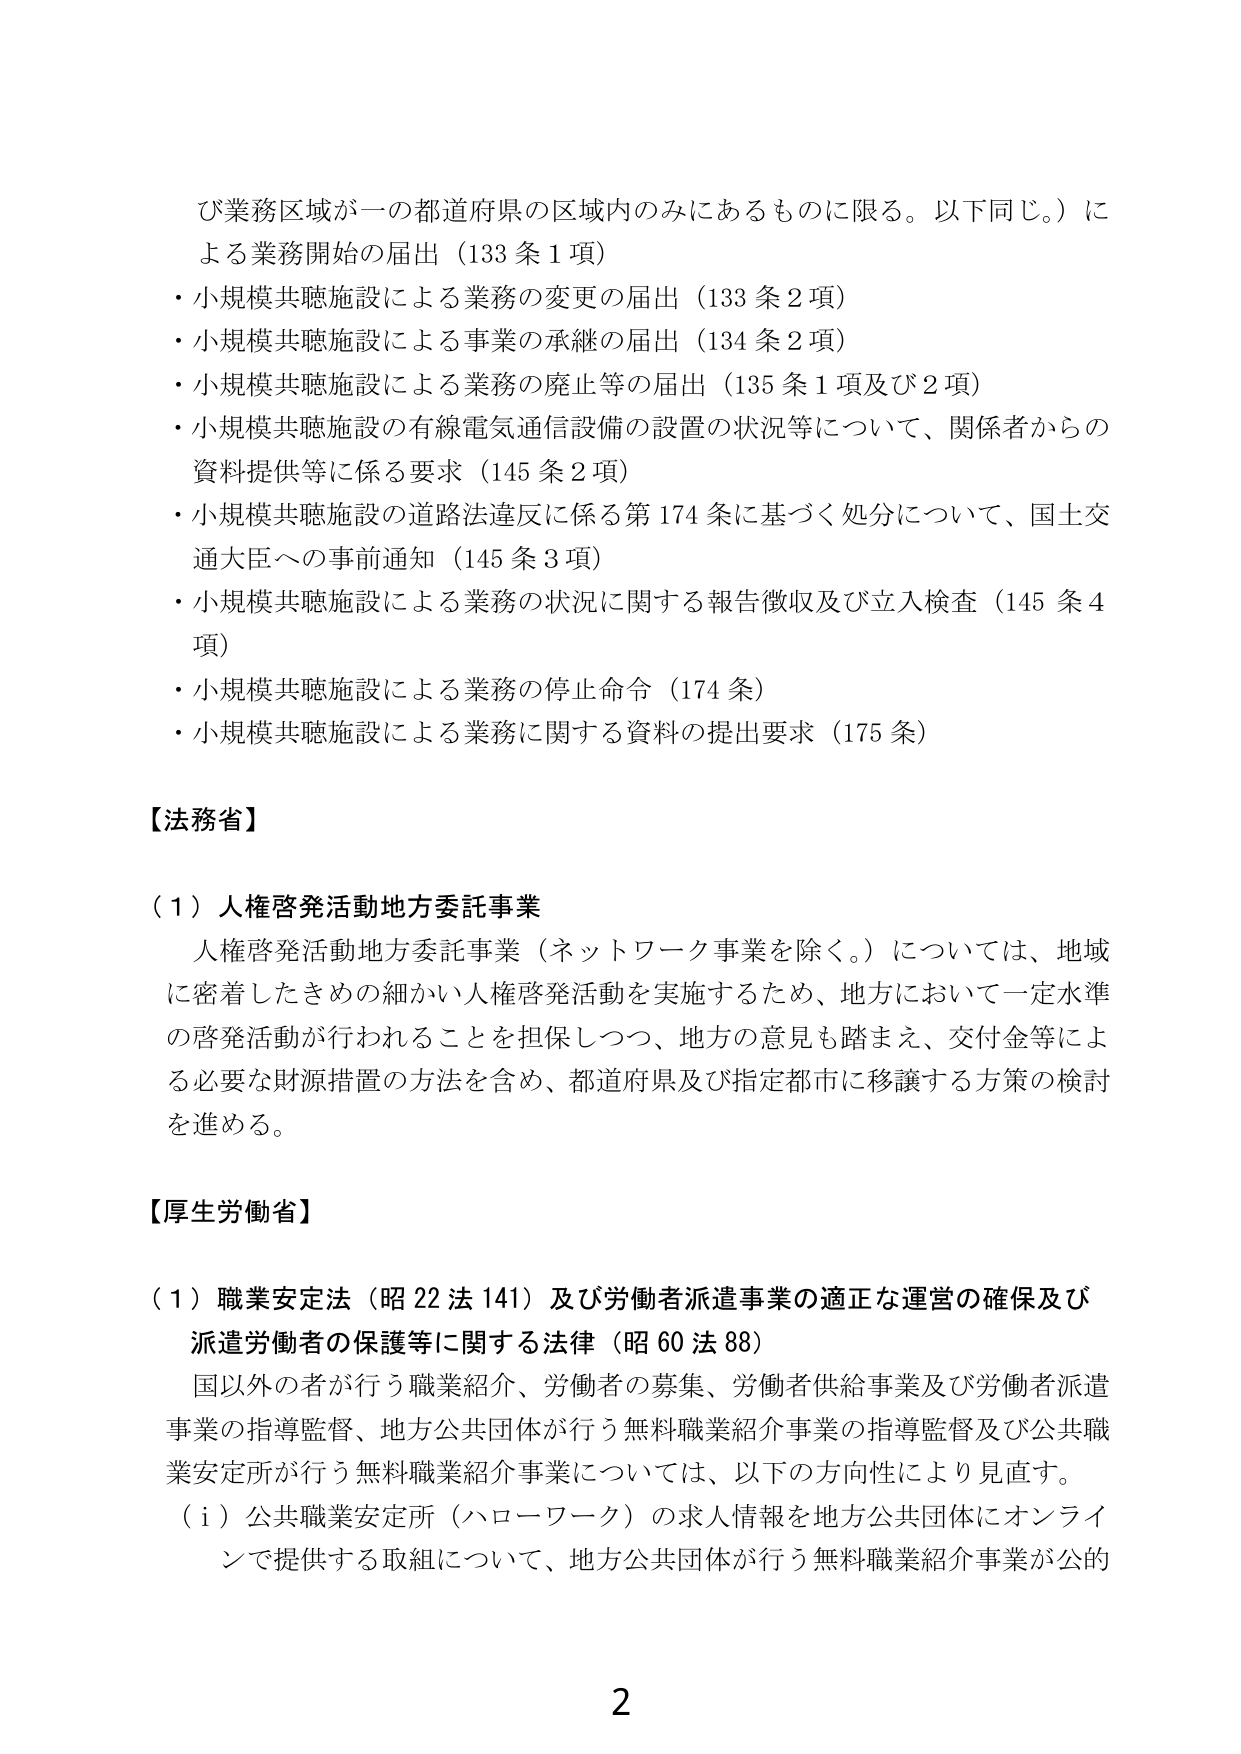
び業務区域が一の都道府県の区域内のみにあるものに限る。以下同じ。）に
よる業務開始の届出（133条1項）
・小規模共聴施設による業務の変更の届出（133条2項）
・小規模共聴施設による事業の承継の届出（134条2項）
・小規模共聴施設による業務の廃止等の届出（135条1項及び2項）
・小規模共聴施設の有線電気通信設備の設置の状況等について、関係者からの
資料提供等に係る要求（145条2項）
・小規模共聴施設の道路法違反に係る第174条に基づく処分について、国土交
通大臣への事前通知（145条3項）
・小規模共聴施設による業務の状況に関する報告徴収及び立入検査（145条4
項）
・小規模共聴施設による業務の停止命令（174条）
・小規模共聴施設による業務に関する資料の提出要求（175条）

【法務省】

（1）人権啓発活動地方委託事業
　人権啓発活動地方委託事業（ネットワーク事業を除く。）については、地域
に密着したきめの細かい人権啓発活動を実施するため、地方において一定水準
の啓発活動が行われることを担保しつつ、地方の意見も踏まえ、交付金等によ
る必要な財源措置の方法を含め、都道府県及び指定都市に移譲する方策の検討
を進める。

【厚生労働省】

（1）職業安定法（昭22法141）及び労働者派遣事業の適正な運営の確保及び
　派遣労働者の保護等に関する法律（昭60法88）
　国以外の者が行う職業紹介、労働者の募集、労働者供給事業及び労働者派遣
事業の指導監督、地方公共団体が行う無料職業紹介事業の指導監督及び公共職
業安定所が行う無料職業紹介事業については、以下の方向性により見直す。
　（i）公共職業安定所（ハローワーク）の求人情報を地方公共団体にオンライ
ンで提供する取組について、地方公共団体が行う無料職業紹介事業が公的

2